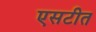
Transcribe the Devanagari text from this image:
एसटीत